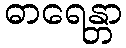
ဓာရေန္တာ